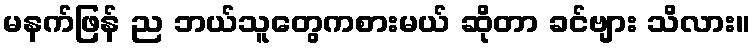
မနက်ဖြန် ည ဘယ်သူတွေကစားမယ် ဆိုတာ ခင်ဗျား သိလား။